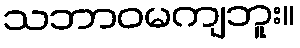
သဘာဝမကျဘူး။